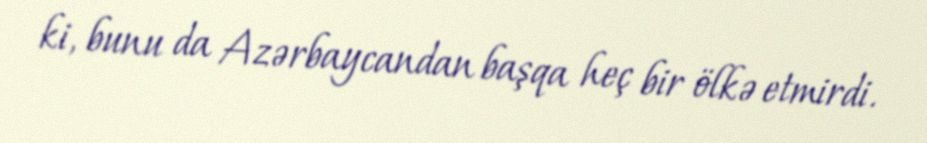
ki, bunu da Azərbaycandan başqa heç bir ölkə etmirdi.